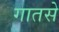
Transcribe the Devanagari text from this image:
गातसे